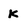
Character: K